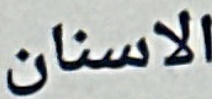
الاسنان